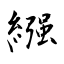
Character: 繦